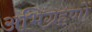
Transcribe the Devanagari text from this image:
अभिग्रहणों